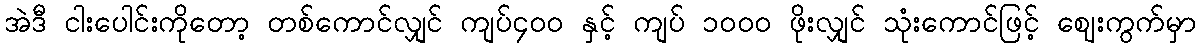
အဲဒီ ငါးပေါင်းကိုတော့ တစ်ကောင်လျှင် ကျပ်၄၀ဝ နှင့် ကျပ် ၁၀ဝ၀ ဖိုးလျှင် သုံးကောင်ဖြင့် ဈေးကွက်မှာ